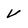
Character: V